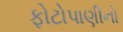
ફોટોપાણીનો